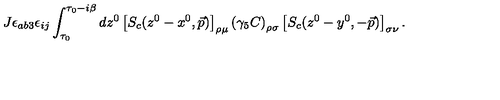
J \epsilon _ { a b 3 } \epsilon _ { i j } \int _ { \tau _ { 0 } } ^ { \tau _ { 0 } - i \beta } d z ^ { 0 } \left[ S _ { c } ( z ^ { 0 } - x ^ { 0 } , \vec { p } ) \right] _ { \rho \mu } \left( \gamma _ { 5 } C \right) _ { \rho \sigma } \left[ S _ { c } ( z ^ { 0 } - y ^ { 0 } , - \vec { p } ) \right] _ { \sigma \nu } .